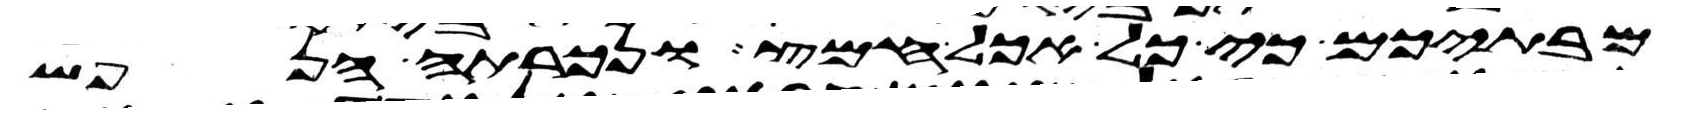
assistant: מבתיכם כי כל אכל חמץ ונכרתה הנפש